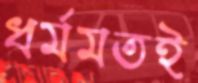
ধর্মমতই